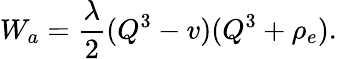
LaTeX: W_{a}=\frac{\lambda}{2}(Q^{3}-v)(Q^{3}+\rho_{e}).